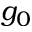
g _ { 0 }